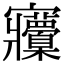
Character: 𡬒